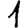
Digit: 1